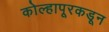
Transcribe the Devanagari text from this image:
कोल्हापूरकडून